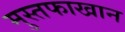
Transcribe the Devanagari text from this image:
मुस्तफाखान